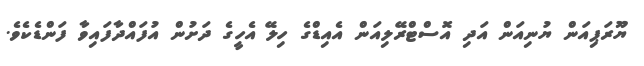
ޔޫރަޕިއަން ޔުނިއަން އަދި އޮސްޓްރޭލިއަން އެއިޑްގެ ހިލޭ އެހީގެ ދަށުން އުފައްދާފައިވާ ފަންޑެކެވެ.